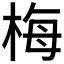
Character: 梅